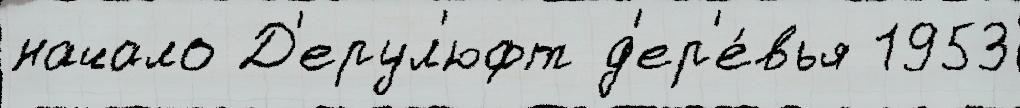
начало Д'ерул'юфт д'ер'е́вья 1953